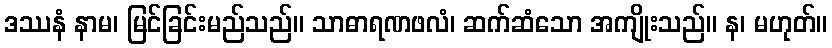
ဒဿနံ နာမ၊ မြင်ခြင်းမည်သည်။ သာဓာရဏဖလံ၊ ဆက်ဆံသော အကျိုးသည်။ န၊ မဟုတ်။